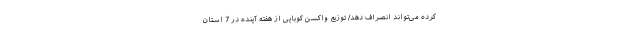
کرده می‌تواند انصراف دهد/ توزیع واکسن کوبایی از هفته آینده در 7 استان